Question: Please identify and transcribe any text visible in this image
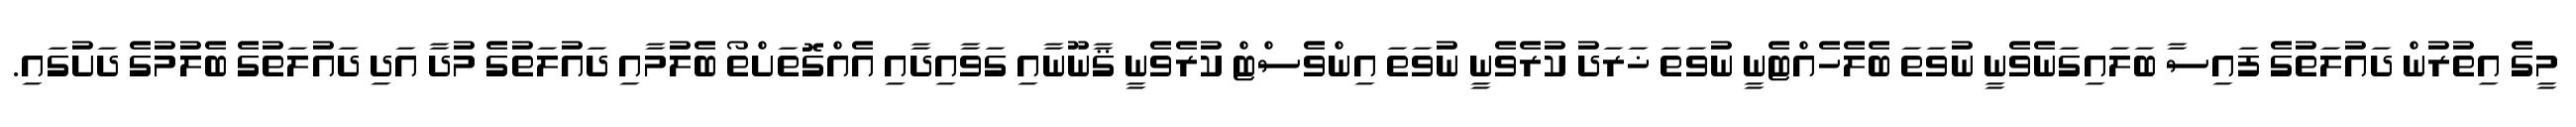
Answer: މީގެ އިތުރުން ދައުލަތުގެ ފައިސާ ބަލައިގަނެވެނީ ނުވަތަ ބެލެހެއްޓެނީ ނުވަތަ ޚަރަދު ކުރެވެނީ ނުވަތަ އިންވެސްޓް ކުރެވެނީ ޤާނޫނާއި ގަވާއިދާއި އެއްގޮތަށްތޯ ބެލުމާއި ދައުލަތުގެ މުދާ އަދި ދައުލަތުގެ ބެލުމުގެ ދަށުގައި.